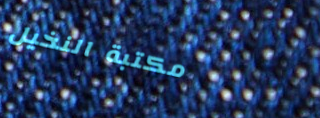
مكتبة النخيل